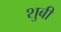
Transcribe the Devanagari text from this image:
शुबी